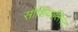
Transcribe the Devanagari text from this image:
सोशियालिस्ट